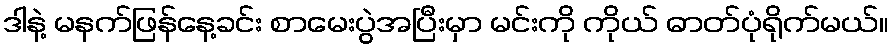
ဒါနဲ့ မနက်ဖြန်နေ့ခင်း စာမေးပွဲအပြီးမှာ မင်းကို ကိုယ် ဓာတ်ပုံရိုက်မယ်။